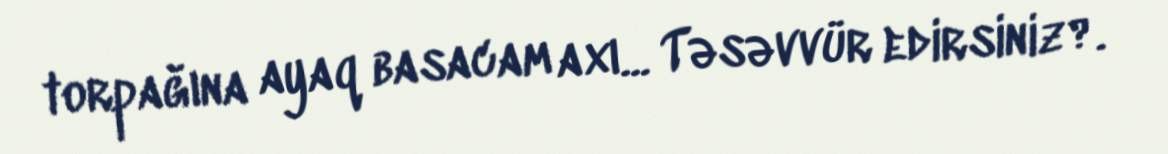
torpağına ayaq basacam axı... Təsəvvür edirsiniz?.